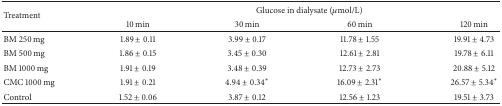
| <ROWSPAN=2> Treatment | <COLSPAN=4> Glucose in dialysate (μmol/L) |
 | 10 min | 30 min | 60 min | 120 min |
 | --- | --- | --- | --- | --- |
 | BM 250 mg | 1.89 ± 0.11 | 3.99 ± 0.17 | 11.78 ± 1.55 | 19.91 ± 4.73 |
 | BM 500 mg | 1.86 ± 0.15 | 3.45 ± 0.30 | 12.61 ± 2.81 | 19.78 ± 6.11 |
 | BM 1000 mg | 1.91 ± 0.19 | 3.48 ± 0.39 | 12.73 ± 2.73 | 20.88 ± 5.12 |
 | CMC 1000 mg | 1.91 ± 0.21 | 4.94 ± 0.34* | 16.09 ± 2.31* | 26.57 ± 5.34* |
 | Control | 1.52 ± 0.06 | 3.87 ± 0.12 | 12.56 ± 1.23 | 19.51 ± 3.73 |